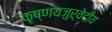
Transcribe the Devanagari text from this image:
कृष्णयजुर्वेदीय